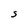
Character: S